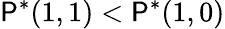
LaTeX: \mathsf{P}^{*}(1,1)<\mathsf{P}^{*}(1,0)